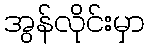
အွန်လိုင်းမှာ